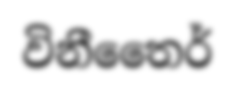
විනීතෛර්